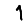
Digit: 1